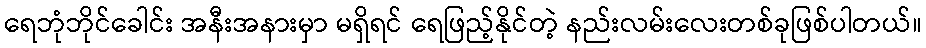
ရေဘုံဘိုင်ခေါင်း အနီးအနားမှာ မရှိရင် ရေဖြည့်နိုင်တဲ့ နည်းလမ်းလေးတစ်ခုဖြစ်ပါတယ်။